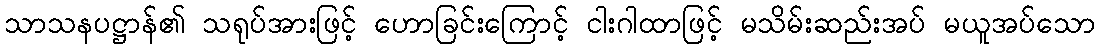
သာသနပဋ္ဌာန်၏ သရုပ်အားဖြင့် ဟောခြင်းကြောင့် ငါးဂါထာဖြင့် မသိမ်းဆည်းအပ် မယူအပ်သော